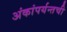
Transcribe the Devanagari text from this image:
अंकांपर्यन्तची